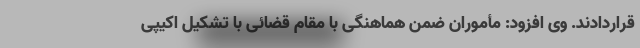
قراردادند. وی افزود: مأموران ضمن هماهنگی با مقام قضائی با تشکیل اکیپی